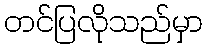
တင်ပြလိုသည်မှာ